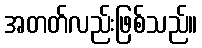
အတတ်လည်းဖြစ်သည်။